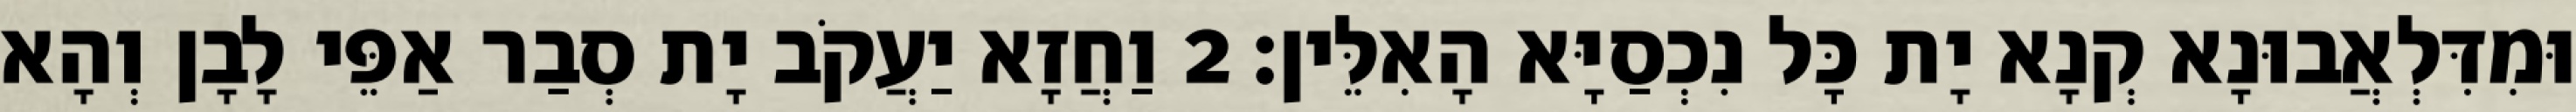
וּמִדִּלְאֲבוּנָא קְנָא יָת כָּל נִכְסַיָּא הָאִלֵּין׃ 2 וַחֲזָא יַעֲקֹב יָת סְבַר אַפֵּי לָבָן וְהָא